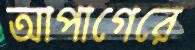
আপাগেরে